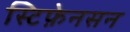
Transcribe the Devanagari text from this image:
स्टिफ़ेनसन